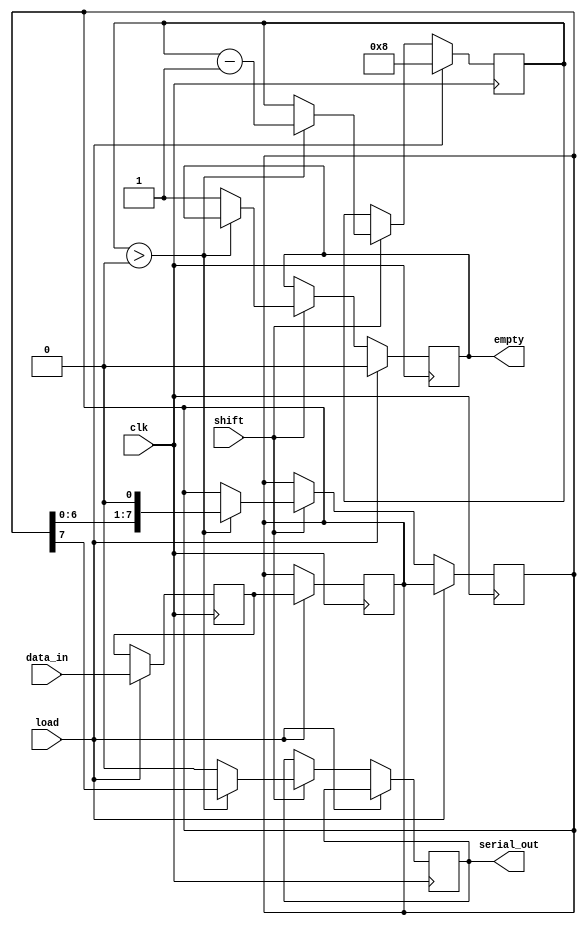
module piso_register #(
    parameter WIDTH = 8  // Define the width of the register
)(
    input wire clk,          // Clock signal
    input wire load,         // Load control signal
    input wire shift,        // Shift control signal
    input wire [WIDTH-1:0] data_in, // Parallel input data
    output reg serial_out,   // Serial output
    output reg empty         // Indicates when the register is empty
);

    reg [WIDTH-1:0] stage1;  // First stage register
    reg [WIDTH-1:0] stage2;  // Second stage register
    reg [3:0] count;         // Bit counter for shifting

    // Load data into Stage 1 on the rising edge of the clock
    always @(posedge clk) begin
        if (load) begin
            stage1 <= data_in;  // Load data into Stage 1
            count <= WIDTH;      // Initialize counter
            empty <= 0;          // Data is present
        end else if (shift) begin
            if (count > 0) begin
                // Shift data from Stage 2 to serial_out
                serial_out <= stage2[WIDTH-1];
                stage2 <= {stage2[WIDTH-2:0], 1'b0}; // Shift left
                count <= count - 1; // Decrement counter
            end else begin
                serial_out <= 1'b0; // No data to shift
                empty <= 1; // Register is empty
            end
        end
    end

    // Transfer data from Stage 1 to Stage 2 on the next clock edge
    always @(posedge clk) begin
        if (load) begin
            // When loading, Stage 2 gets the data from Stage 1
            stage2 <= stage1;
        end
    end

endmodule